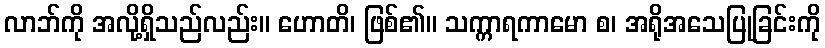
လာဘ်ကို အလို့ရှိသည်လည်း။ ဟောတိ၊ ဖြစ်၏။ သက္ကာရကာမော စ၊ အရိုအသေပြုခြင်းကို